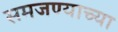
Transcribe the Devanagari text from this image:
समजण्याच्या